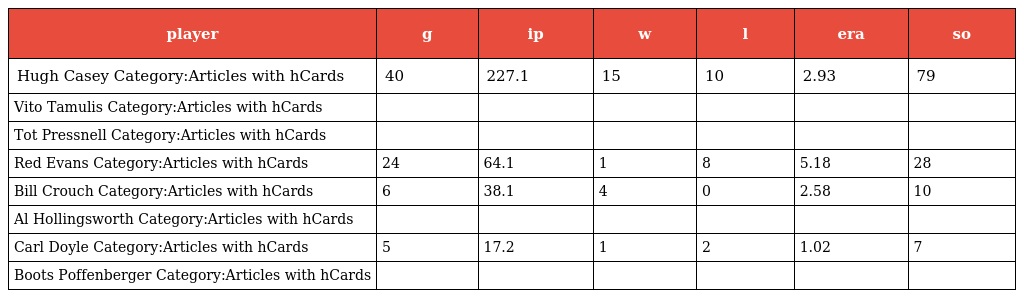
| player | g | ip | w | l | era | so |
 | --- | --- | --- | --- | --- | --- | --- |
 | Hugh Casey Category:Articles with hCards | 40 | 227.1 | 15 | 10 | 2.93 | 79 |
 | Vito Tamulis Category:Articles with hCards |  |  |  |  |  |  |
 | Tot Pressnell Category:Articles with hCards |  |  |  |  |  |  |
 | Red Evans Category:Articles with hCards | 24 | 64.1 | 1 | 8 | 5.18 | 28 |
 | Bill Crouch Category:Articles with hCards | 6 | 38.1 | 4 | 0 | 2.58 | 10 |
 | Al Hollingsworth Category:Articles with hCards |  |  |  |  |  |  |
 | Carl Doyle Category:Articles with hCards | 5 | 17.2 | 1 | 2 | 1.02 | 7 |
 | Boots Poffenberger Category:Articles with hCards |  |  |  |  |  |  |